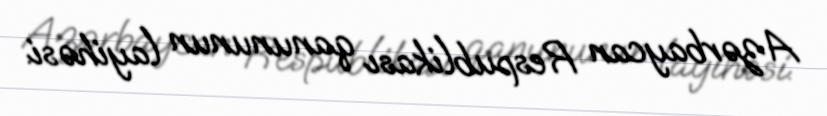
Azərbaycan Respublikası qanununun layihəsi.